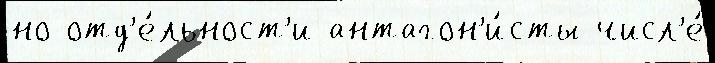
но отд'е́льност'и антагон'и́сты числ'е́